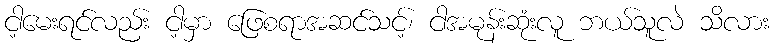
ငါ့မေးရင်လည်း ငါ့မှာ ဖြေစရာအဆင်သင့်၊ ငါအမုန်းဆုံးလူ ဘယ်သူလဲ သိလား